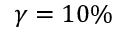
\gamma = 1 0 \%